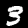
Digit: 3